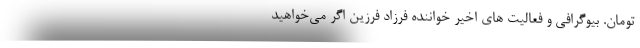
تومان. بیوگرافی و فعالیت های اخیر خواننده فرزاد فرزین اگر می‌خواهید